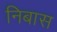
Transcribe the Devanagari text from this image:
निबास